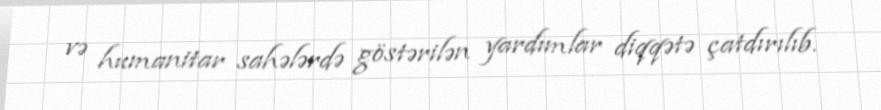
və humanitar sahələrdə göstərilən yardımlar diqqətə çatdırılıb.